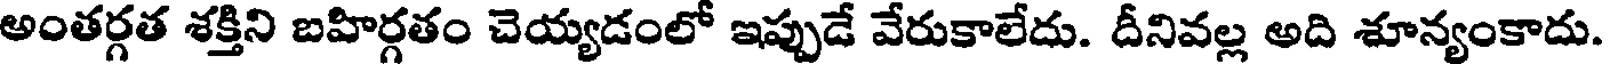
అంతర్గత శక్తిని బహిర్గతం చెయ్యడంలో ఇప్పుడే వేరుకాలేదు. దీనివల్ల అది శూన్యంకాదు.